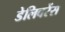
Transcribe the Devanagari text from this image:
डेलिवरेंस